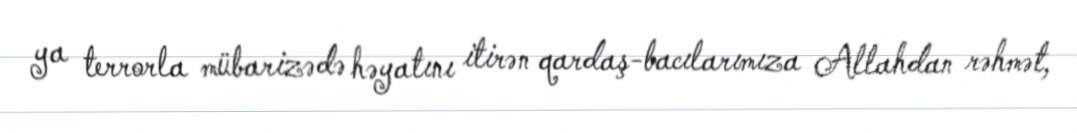
ya terrorla mübarizədə həyatını itirən qardaş-bacılarımıza Allahdan rəhmət,